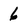
Character: 6